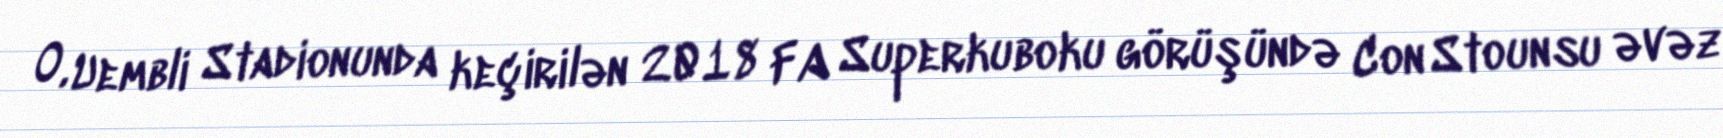
O, Uembli Stadionunda keçirilən 2018 FA Superkuboku görüşündə Con Stounsu əvəz